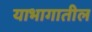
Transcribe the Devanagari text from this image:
याभागातील